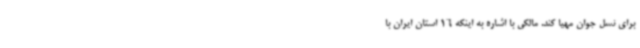
برای نسل جوان مهیا کند. مالکی با اشاره به اینکه 16 استان ایران با